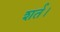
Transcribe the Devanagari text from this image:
शर्त।